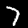
Digit: 7